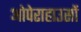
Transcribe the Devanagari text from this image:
ओपेराहाउसों